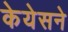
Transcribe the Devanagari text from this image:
केयेसने